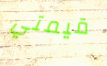
قيمتي